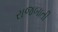
રાજબાતી